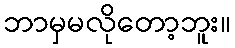
ဘာမှမလိုတော့ဘူး။